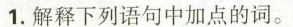
1.解释下列语句中加点的词。